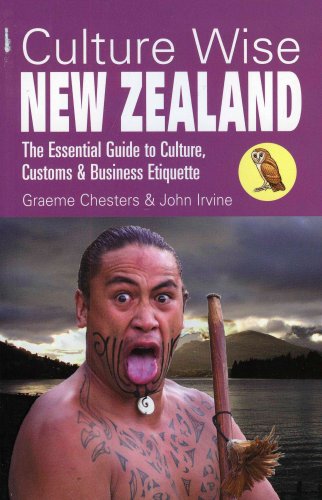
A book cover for Culture Wise New Zealand: The Essential Guide to Culture, Customs & Business Etiquette; Graeme Chesters; Travel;